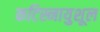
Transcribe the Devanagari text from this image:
कटिस्नायुशूल